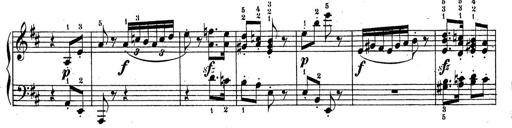
Title: Sonatine No.3
Composer: Peter Piel
Key: D major